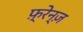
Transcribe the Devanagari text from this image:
फ़्रेन्ज़